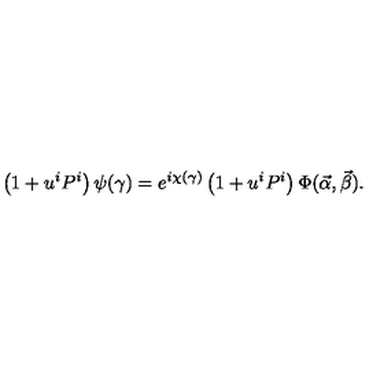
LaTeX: \left( 1 + u ^ { i } P ^ { i } \right) \psi ( \gamma ) = e ^ { i \chi ( \gamma ) } \left( 1 + u ^ { i } P ^ { i } \right) \Phi ( \vec { \alpha } , \vec { \beta } ) .